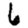
Digit: 6